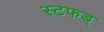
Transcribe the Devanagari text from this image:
स्टफड्